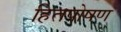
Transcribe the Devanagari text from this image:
हितपोषण